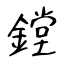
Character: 鏜